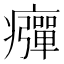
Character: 𤻾